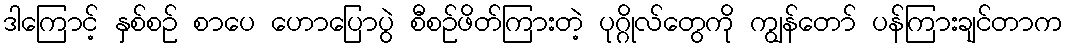
ဒါကြောင့် နှစ်စဉ် စာပေ ဟောပြောပွဲ စီစဉ်ဖိတ်ကြားတဲ့ ပုဂ္ဂိုလ်တွေကို ကျွန်တော် ပန်ကြားချင်တာက